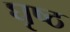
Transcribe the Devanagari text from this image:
घृष्ठ